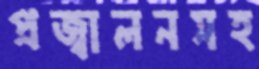
প্রজ্বালনসহ